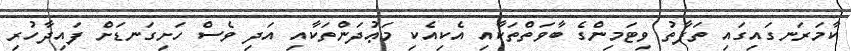
ކާމަރަނގައިގައި ތަފާތު ވިޓަމިންގެ ބާވަތްތަކާއި އެކިއެކި މަޢުދަންތަކާއި އަދި ވެސް ހަށިގަނޑަށް ފައިދާހުރި